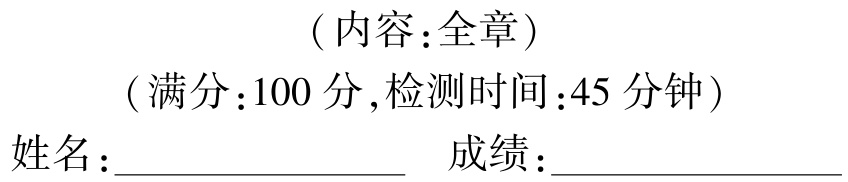
（内容：全章）

（满分：100 分,检测时间：45 分钟）

姓名：______ 成绩：______